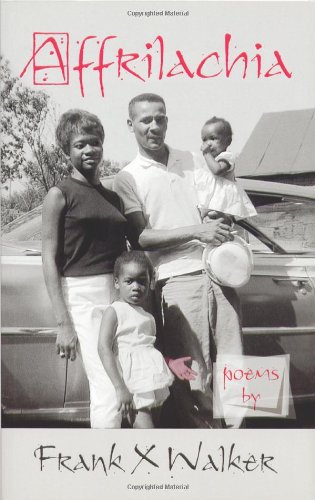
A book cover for Affrilachia: Poems by Frank X Walker; Frank X Walker; Literature & Fiction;